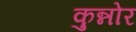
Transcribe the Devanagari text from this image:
कुन्नोर